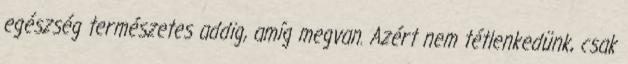
egészség természetes addig, amíg megvan. Azért nem tétlenkedünk, csak